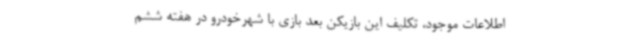
اطلاعات موجود، تکلیف این بازیکن بعد بازی با شهرخودرو در هفته ششم